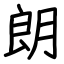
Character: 朗